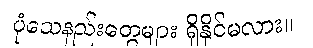
ပုံသေနည်းတွေများ ရှိနိုင်မလား။